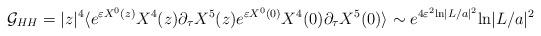
LaTeX: \begin{align*}{\cal G}_{HH} = |z|^4\langle e^{\varepsilon X^0 (z)}X^4(z)\partial_\tau X^5(z)e^{\varepsilon X^0 (0)}X^4(0)\partial_\tau X^5 (0)\rangle \sim e^{4\varepsilon^2 {\rm ln}|L/a|^2} {\rm ln}|L/a|^2\end{align*}